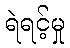
ရဲရင့်မှု